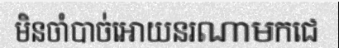
មិនចាំបាច់អោយនរណាមកជេ